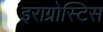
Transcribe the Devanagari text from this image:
इराग्रोस्टिस